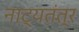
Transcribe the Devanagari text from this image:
नाट्यतंत्र